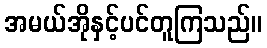
အမယ်အိုနှင့်ပင်တူကြသည်။